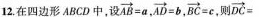
12.在四边形 ABCD 中,设 $$\overrightarrow{AB}=a$$ , $$\overrightarrow{AD}=b$$ ,$$\overrightarrow{BC}=c$$ , $$\overrightarrow{DC}=$$